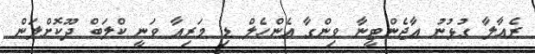
ރެއާލާ ގުޅުނު އާޖެންޓީނާ ވިންގާ އެންހެލް ޑި މަރިއާ ވަނީ ކްލަބް ދޫކޮށްލަން